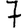
Digit: 7